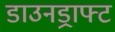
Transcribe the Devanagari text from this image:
डाउनड्राफ्ट